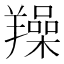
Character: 𦏛